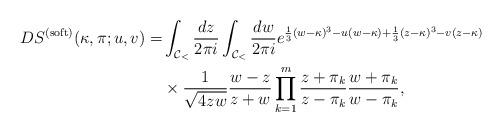
LaTeX: \begin{align*} DS^{(\mathrm{soft})}(\kappa, \pi;u,v)=& \int_{\mathcal{C}_{<}}\frac{dz}{2\pi i } \int_{\mathcal{C}_{<}} \frac{dw}{2\pi i } e^{\frac{1}{3}(w-\kappa)^3-u(w-\kappa)+\frac{1}{3}(z-\kappa)^3- v(z-\kappa)} \\& \times \frac{1}{\sqrt{4zw}}\frac{w-z}{z+w} \prod_{k = 1}^{m} \frac{z+\pi_{k}}{z - \pi_{k}}\frac{w+\pi_{k}}{w - \pi_{k}}, \end{align*}